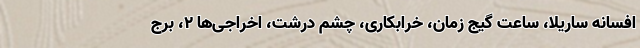
افسانه ساریلا، ساعت گیج زمان، خرابکاری، چشم درشت، اخراجی‌ها ۲، برج